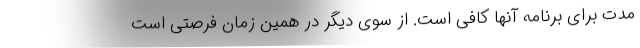
مدت برای برنامه آنها کافی است. از سوی دیگر در همین زمان فرصتی است